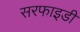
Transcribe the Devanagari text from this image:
सरफाइडी